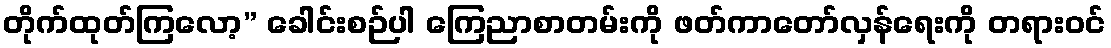
တိုက်ထုတ်ကြလော့” ခေါင်းစဉ်ပါ ကြေညာစာတမ်းကို ဖတ်ကာတော်လှန်ရေးကို တရားဝင်